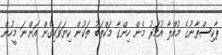
ޕާކިސްތާނުގެ މުއްލާ އުމަރު މެން ހިންގާ މަކްތަބު ތަކުން ކިޔަވައިގެން އަންނަ މީހުން